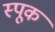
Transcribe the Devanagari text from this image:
स्पूक